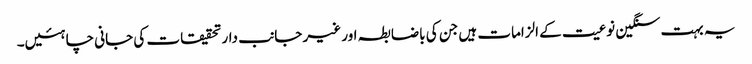
یہ بہت سنگین نوعیت کے الزامات ہیں جن کی باضابطہ اور غیر جانب دار تحقیقات کی جانی چاہئیں۔